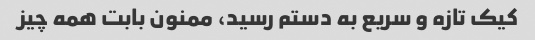
کیک تازه و سریع به دستم رسید، ممنون بابت همه چیز